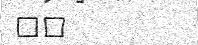
٥٠